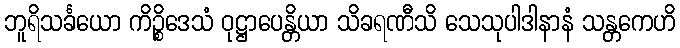
ဘူရိသင်္ခယော ကိဉ္စိဒေသံ ဝုဋ္ဌာပေန္တိယာ သိခရဏီသိ သေသုပါဒါနာနံ သန္တကေဟိ